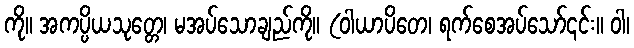
ကို။ အကပ္ပိယသုတ္တေ၊ မအပ်သောချည်ကို။ (ဝါယာပိတေ၊ ရက်စေအပ်သော်၎င်း။ ဝါ၊